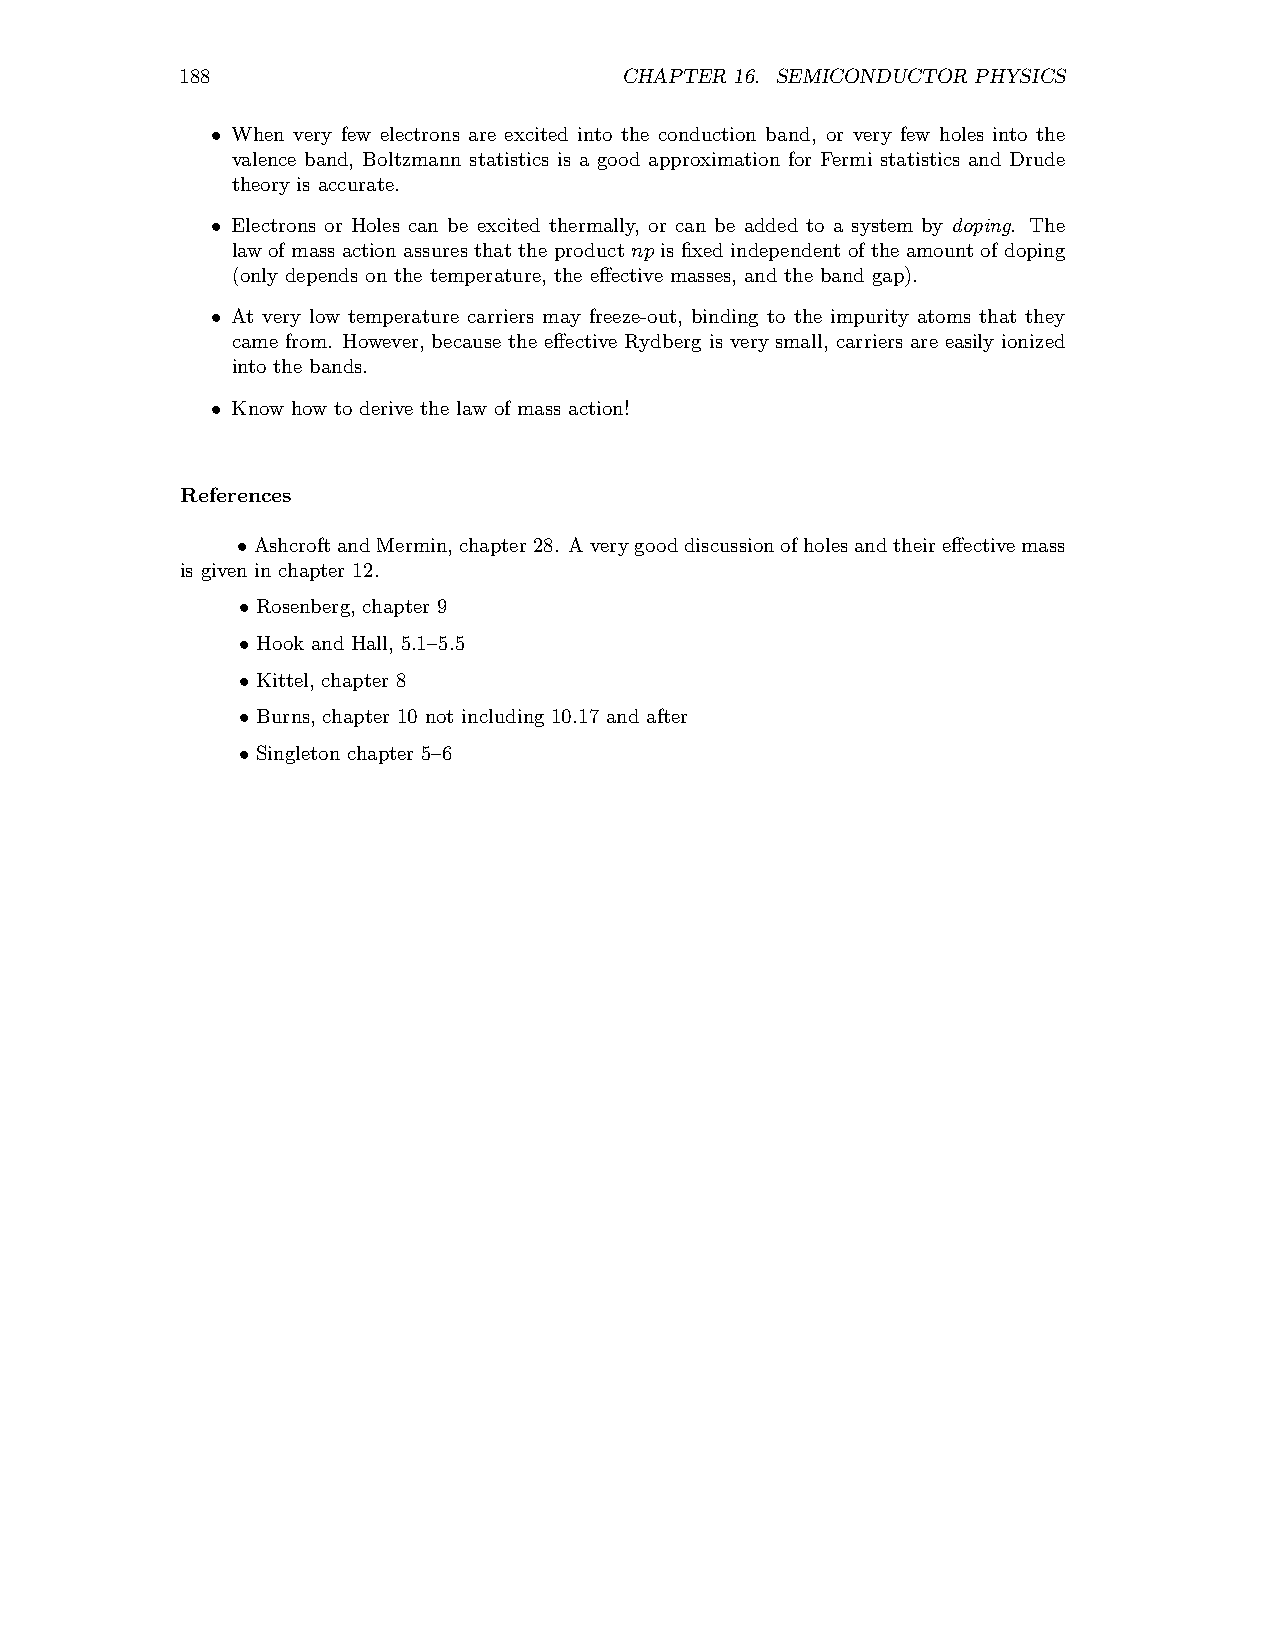
188                          CHAPTER 16. SEMICONDUCTOR PHYSICS
 When very few electrons are excited into the conduction band, or very few holes into the
 •
 valence band, Boltzmann statistics is a good approximation for Fermi statistics and Drude
 theory is accurate.
 Electrons or Holes can be excited thermally, or can be added to a system by doping. The
 •
 law ofmass actionassuresthat the product np is fixed independent ofthe amountof doping
 (only depends on the temperature, the effective masses, and the band gap).
 At very low temperature carriers may freeze-out, binding to the impurity atoms that they
 •
 came from. However, because the effective Rydberg is very small, carriers are easily ionized
 into the bands.
 Know how to derive the law of mass action!
 •
 References
 AshcroftandMermin,chapter28. Averygooddiscussionofholesandtheireffectivemass
 •
 is given in chapter 12.
 Rosenberg, chapter 9
 •
 Hook and Hall, 5.1–5.5
 •
 Kittel, chapter 8
 •
 Burns, chapter 10 not including 10.17 and after
 •
 Singleton chapter 5–6
 •